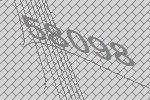
58098